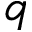
\boldsymbol { q }